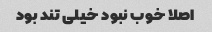
اصلا خوب نبود خیلی تند بود